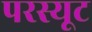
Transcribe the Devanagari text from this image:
परस्यूट